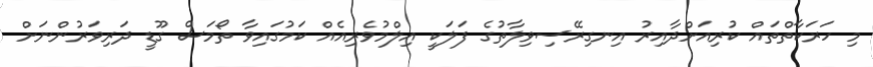
މި ހަރަކާތްތައް ކުރިއަށްދާއިރު އިނގިރޭސިވިލާތުގެ ފަލަކީ އިލްމުވެރިއެއް ކަމުގައިވާ ތޯމަސް ގޫޑީ ދަރިވަރުންނަށް